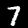
Digit: 7